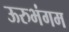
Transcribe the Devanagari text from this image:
ऊरुभंगम